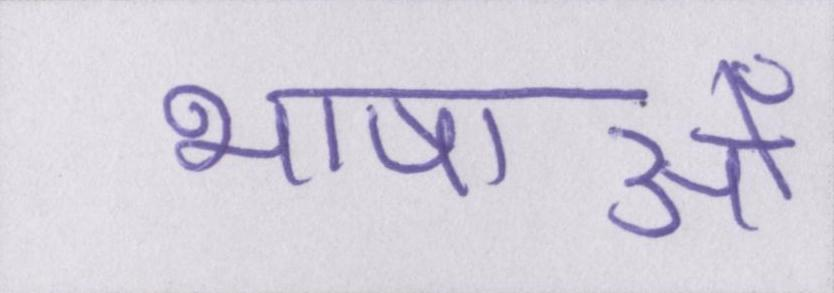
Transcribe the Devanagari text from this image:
भाषाओँ